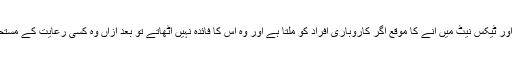
اپنے اثاثے ڈکلیئر کرنے اور ٹیکس نیٹ میں آنے کا موقع اگر کاروباری افراد کو ملتا ہے اور وہ اس کا فائدہ نہیں اٹھاتے تو بعد ازاں وہ کسی رعایت کے مستحق کیونکر ہو سکتے ہیں؟